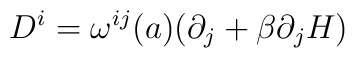
D^{i} = \omega^{ij}(a)(\partial_j + \beta\partial_j H)